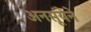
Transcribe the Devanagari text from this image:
अनसूयेने